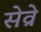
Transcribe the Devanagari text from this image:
सेव्रे